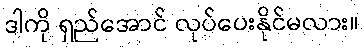
ဒါကို ရှည်အောင် လုပ်ပေးနိုင်မလား။